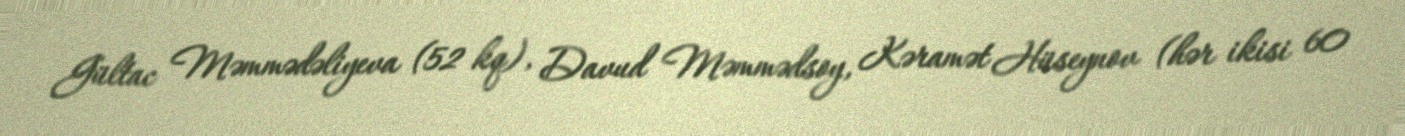
Gültac Məmmədəliyeva (52 kq), Davud Məmmədsoy, Kəramət Hüseynov (hər ikisi 60